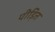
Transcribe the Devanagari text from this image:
पीड़ित